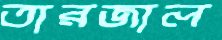
তারজাল